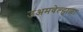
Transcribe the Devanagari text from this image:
उअमवेल्हाळा